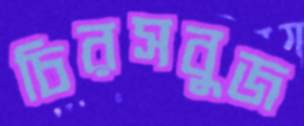
চিরসবুজ